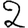
Digit: 2